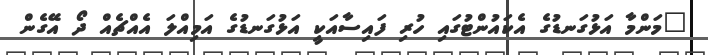
"މަންމާ އަޅުގަނޑުގެ އެކައުންޓުގައި ހުރި ފައިސާއަކީ އަޅުގަނޑުގެ އަމިއްލަ އެއްޗެއް ދޯ އޭގެން